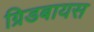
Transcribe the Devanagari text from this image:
ग्रिडबायस